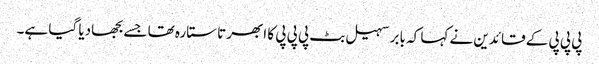
پی پی پی کے قائدین نے کہا کہ بابر سہیل بٹ پی پی پی کا ابھرتا ستارہ تھا جسے بجھادیا گیا ہے۔